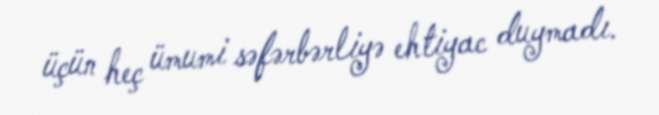
üçün heç ümumi səfərbərliyə ehtiyac duymadı.